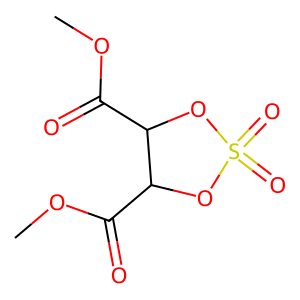
SMILES: COC(=O)C1OS(=O)(=O)OC1C(=O)OC
Inhibits HIV replication: No